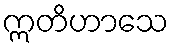
ဣတိဟာသေ